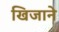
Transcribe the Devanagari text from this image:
खिजाने